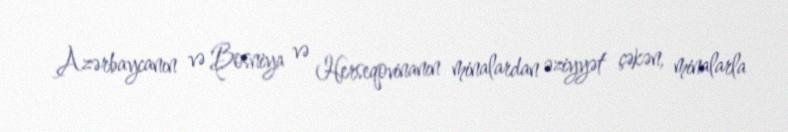
Azərbaycanın və Bosniya və Herseqovinanın minalardan əziyyət çəkən, minalarla